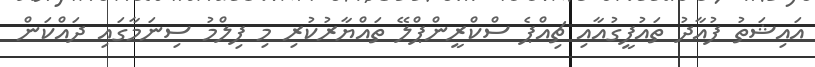
އައިޝަތު ފުއާދު ތައުފީގުއާއި ޗިއްޕެ ސްކްރީންޕްލޭ ތައްޔާރުކުރި މި ފިލްމު ސިނަމާގައި ދައްކަން